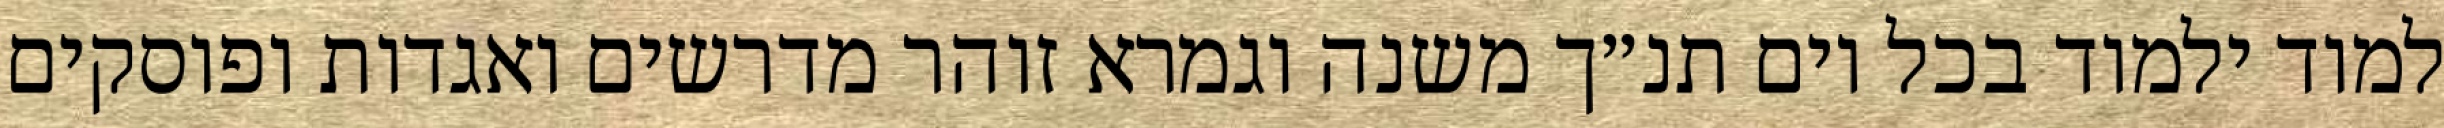
למוד ילמוד בכל יום תנ״ך משנה וגמרא זוהר מדרשים ואגדות ופוסקים